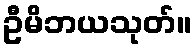
ဦမိဘယသုတ်။